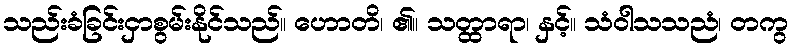
သည်းခံခြင်းငှာစွမ်းနိုင်သည်။ ဟောတိ၊ ၏။ သတ္ထာရာ၊ နှင့်။ သံဝါသသညံ၊ တကွ